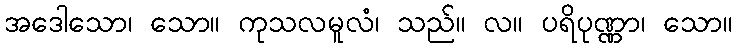
အဒေါသော၊ သော။ ကုသလမူလံ၊ သည်။ လ။ ပရိပုဏ္ဏာ၊ သော။